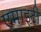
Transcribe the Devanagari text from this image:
एमाइटी